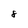
Character: 8